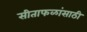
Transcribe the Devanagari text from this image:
सीताफळांसाठी